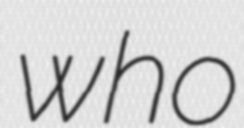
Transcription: who